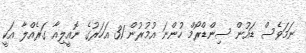
ނަމަވެސް ޑައުން ސިންޑްރޯމް ހުންނަ އުމުރުން 31 އަހަރުގެ ނޮއީލިއާ ގަރެއްލާ އަކީ